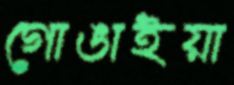
গোঙাইয়া